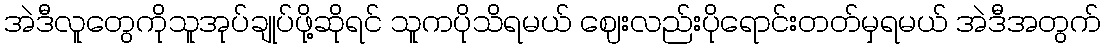
အဲဒီလူတွေကိုသူအုပ်ချုပ်ဖို့ဆိုရင် သူကပိုသိရမယ် ဈေးလည်းပိုရောင်းတတ်မှရမယ် အဲဒီအတွက်